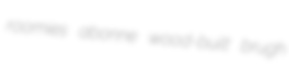
roomies abonne wood-built brugh